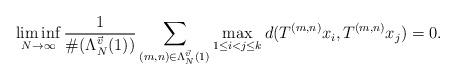
LaTeX: \begin{align*}\liminf_{N\to\infty}\frac{1}{\#(\Lambda_N^{\vec{v}}(1))}\sum_{(m,n)\in\Lambda_N^{\vec{v}}(1)}\max_{1\leq i<j\leq k} d(T^{(m,n)}x_i,T^{(m,n)}x_j)=0.\end{align*}